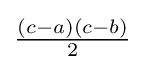
{\tfrac {(c-a)(c-b)}{2}}